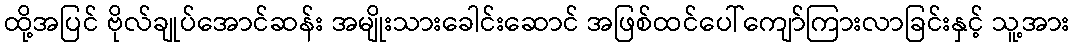
ထို့အပြင် ဗိုလ်ချုပ်အောင်ဆန်း အမျိုးသားခေါင်းဆောင် အဖြစ်ထင်ပေါ်ကျော်ကြားလာခြင်းနှင့် သူ့အား